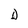
Character: D